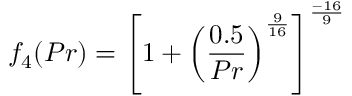
f _ { 4 } ( P r ) = \left[ 1 + \left( { \frac { 0 . 5 } { P r } } \right) ^ { \frac { 9 } { 1 6 } } \right] ^ { \frac { - 1 6 } { 9 } }